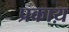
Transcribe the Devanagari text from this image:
प्रकाय़